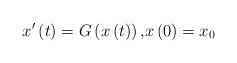
LaTeX: \begin{align*}x^{\prime}\left( t\right) =G\left( x\left( t\right) \right) \text{,}x\left( 0\right) =x_{0} \end{align*}